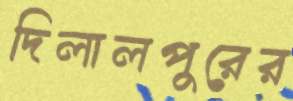
দিলালপুরের